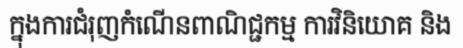
ក្នុងការជំរុញកំណើនពាណិជ្ជកម្ម ការវិនិយោគ និង